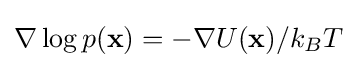
\nabla \log p(\mathbf {x} )=-\nabla U(\mathbf {x} )/k_{B}T